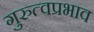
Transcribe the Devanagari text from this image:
गुरुत्वप्रभाव